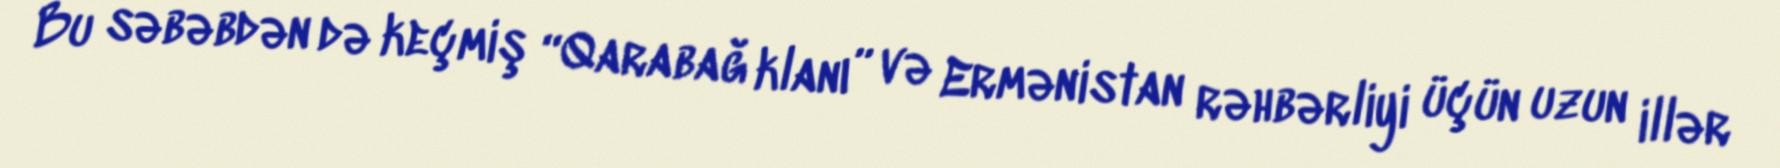
Bu səbəbdən də keçmiş “Qarabağ klanı” və Ermənistan rəhbərliyi üçün uzun illər